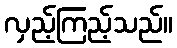
လှည့်ကြည့်သည်။